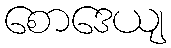
စောဒေယျ